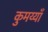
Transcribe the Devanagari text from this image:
कुमय्याँ